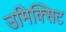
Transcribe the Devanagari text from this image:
उमिक्सिट